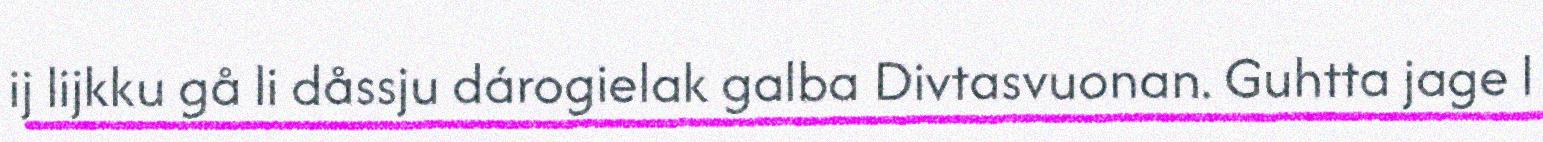
ij lijkku gå li dåssju dárogielak galba Divtasvuonan. Guhtta jage l